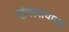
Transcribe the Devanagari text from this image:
दांपत्यायावर